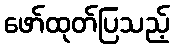
ဖော်ထုတ်ပြသည့်